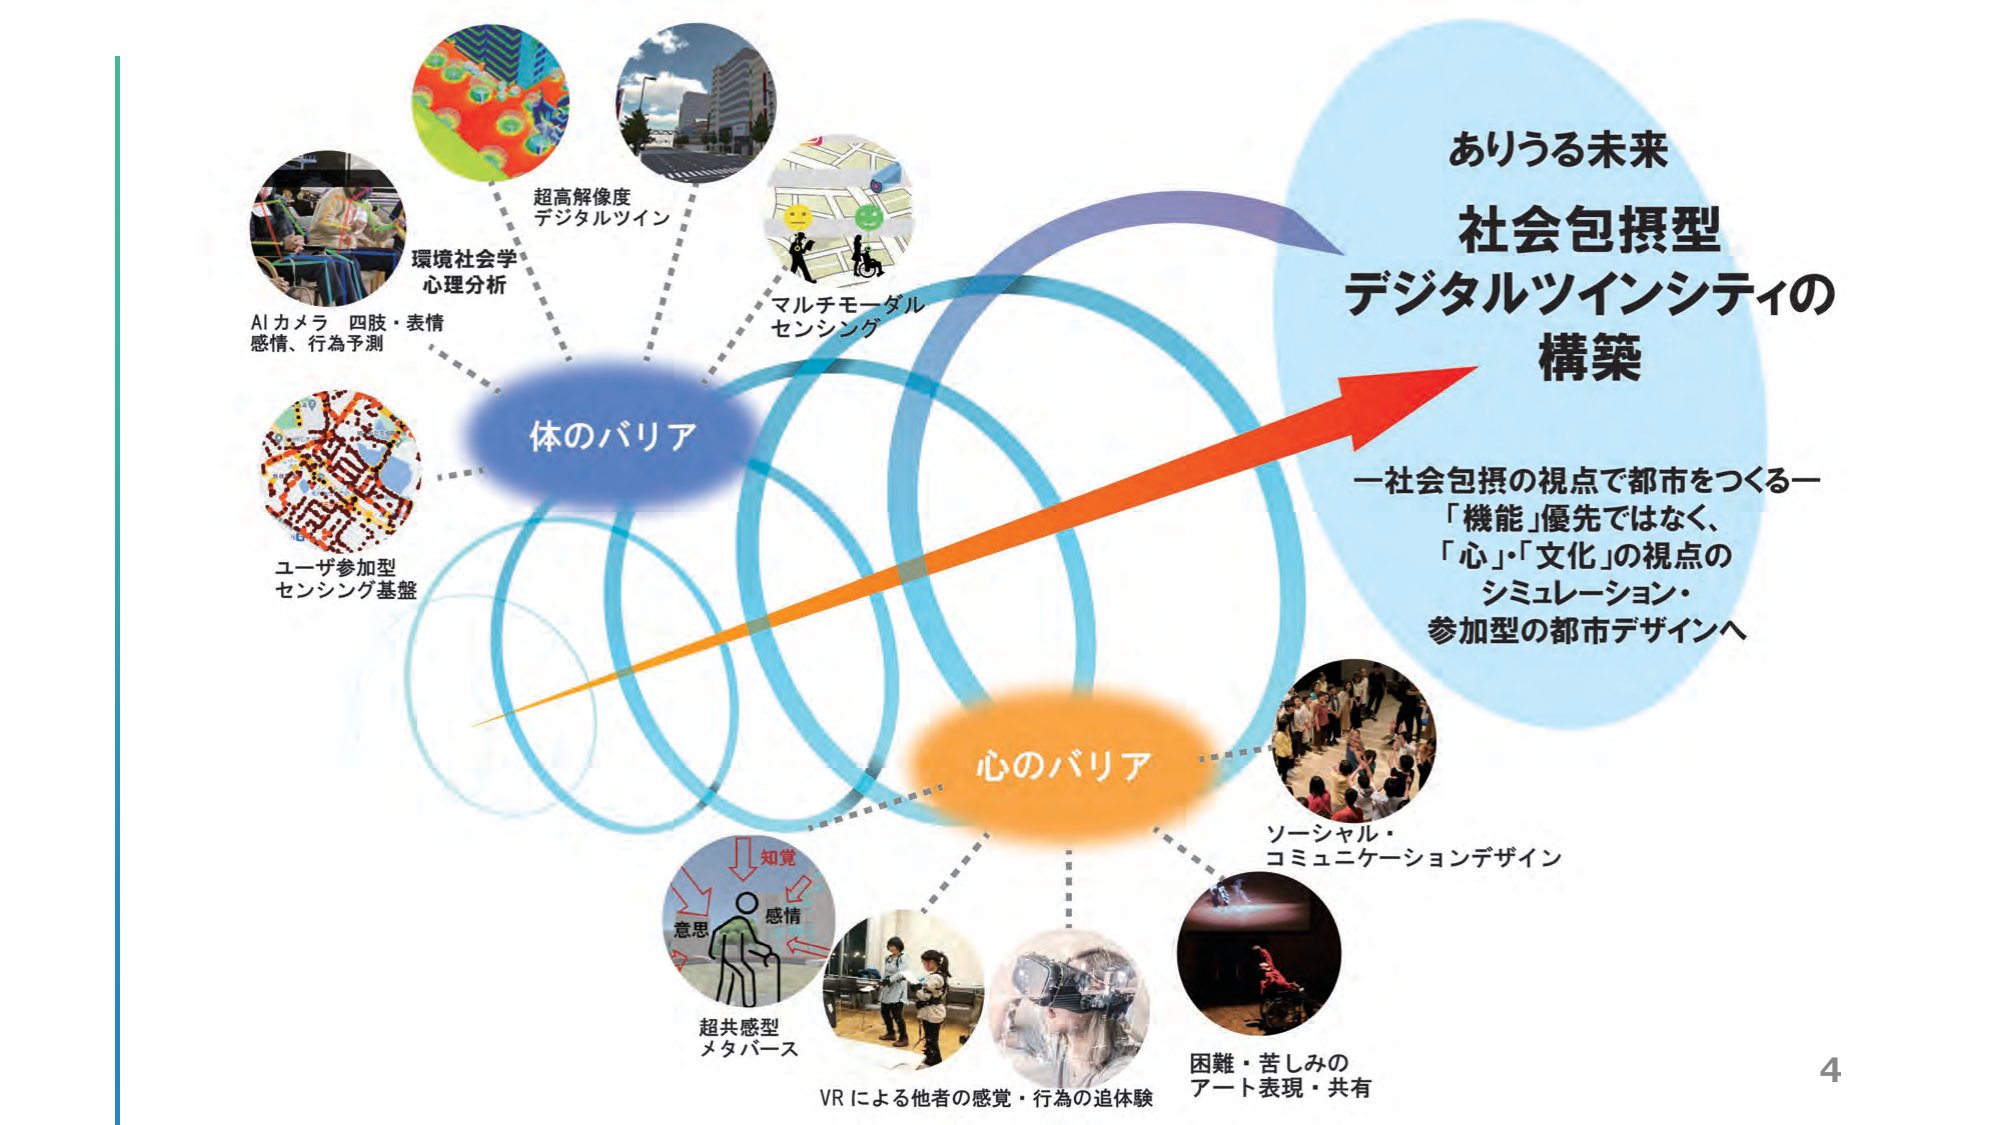
ありうる未来
社会包摂型
デジタルツインシティの
構築

一社会包摂の視点で都市をつくる一
「機能」優先ではなく、
「心」「文化」の視点の
シミュレーション・
参加型の都市デザインへ

体のバリア

AIカメラ 四肢・表情
感情、行為予測

環境社会学
心理分析

超高解像度
デジタルツイン

マルチモーダル
センシング

ユーザ参加型
センシング基盤

心のバリア

超共感型
メタバース

知覚
感情
意思

VRによる他者の感覚・行為の追体験

ソーシャル・
コミュニケーションデザイン

困難・苦しみの
アート表現・共有

4